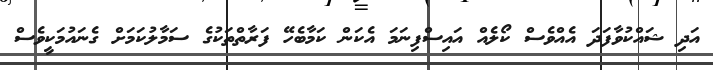
އަދި ޝައްކުވާފަދަ އެއްވެސް ކޯލެއް އައިސްފިނަމަ އެކަން ކަމާބެހޭ ފަރާތްތަކުގެ ސަމާލުކަމަށް ގެނައުމަކީވެސް